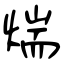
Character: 煓